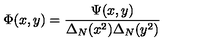
\Phi ( x , y ) = \frac { \Psi ( x , y ) } { \Delta _ { N } ( x ^ { 2 } ) \Delta _ { N } ( y ^ { 2 } ) }